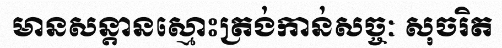
មានសន្តានស្មោះត្រង់កាន់សច្ចៈ សុចរិត